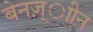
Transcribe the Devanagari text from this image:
बेनज़्ाीन